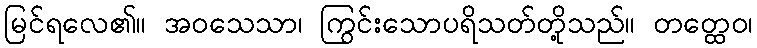
မြင်ရလေ၏။ အဝသေသာ၊ ကြွင်းသောပရိသတ်တို့သည်။ တတ္ထေဝ၊